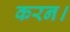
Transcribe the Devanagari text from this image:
करन।